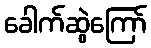
ခေါက်ဆွဲကြော်